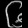
Digit: ၆